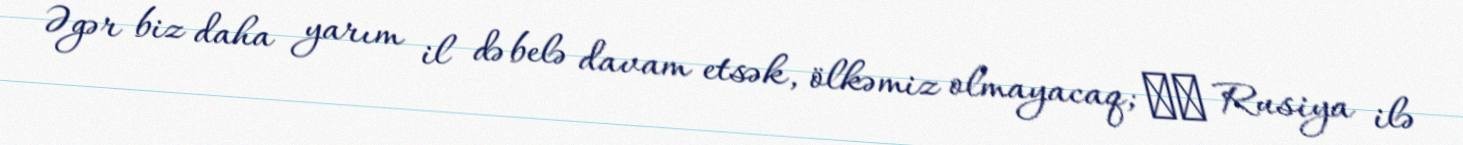
Əgər biz daha yarım il də belə davam etsək, ölkəmiz olmayacaq; ▪️ Rusiya ilə